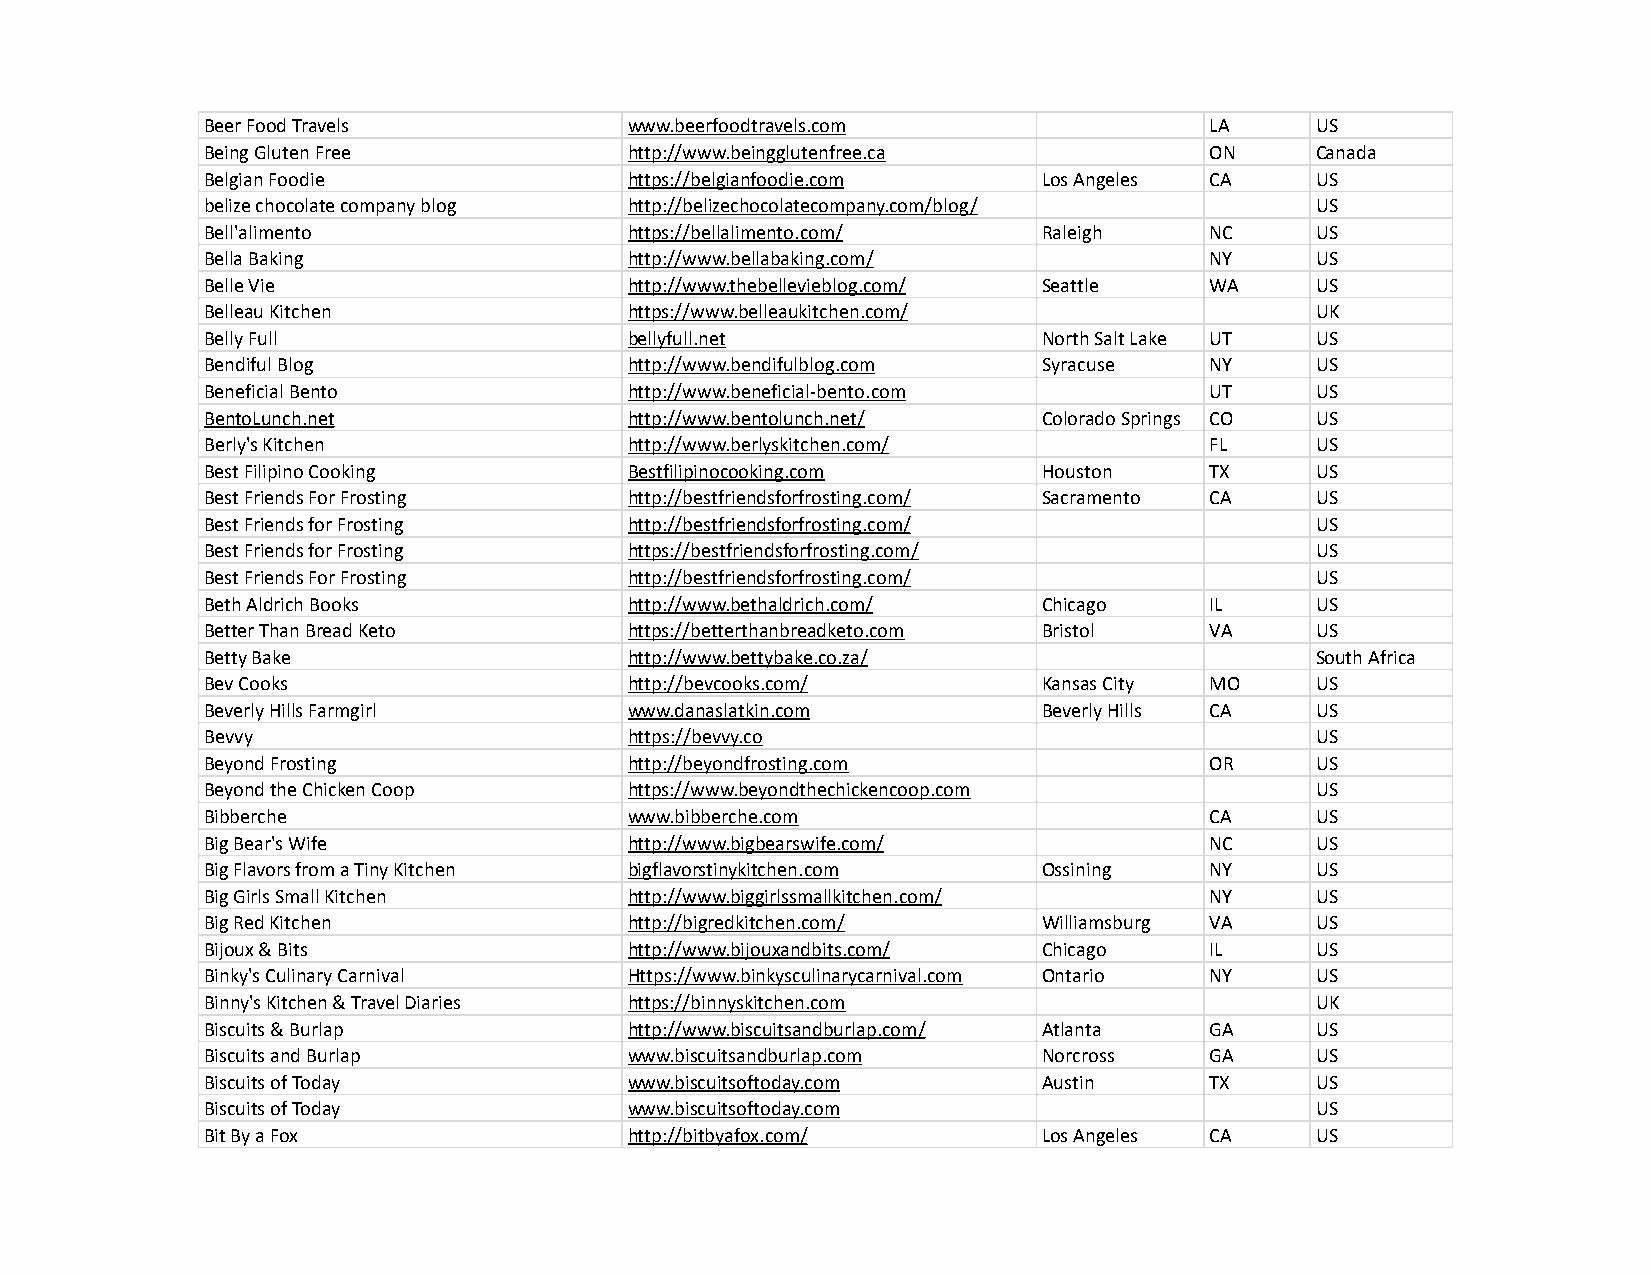
Beer Food Travels           www.beerfoodtravels.com               LA     US
 Being Gluten Free           http://www.beingglutenfree.ca         ON     Canada
 Belgian Foodie              https://belgianfoodie.com  Los Angeles CA    US
 belize chocolate company blog http://belizechocolatecompany.com/blog/    US
 Bell'alimento               https://bellalimento.com/  Raleigh    NC     US
 Bella Baking                http://www.bellabaking.com/           NY     US
 Belle Vie                   http://www.thebellevieblog.com/ Seattle WA   US
 Belleau Kitchen             https://www.belleaukitchen.com/              UK
 Belly Full                  bellyfull.net              North Salt Lake UT US
 Bendiful Blog               http://www.bendifulblog.com Syracuse  NY     US
 Beneficial Bento            http://www.beneficial-bento.com       UT     US
 BentoLunch.net              http://www.bentolunch.net/ Colorado Springs CO US
 Berly's Kitchen             http://www.berlyskitchen.com/         FL     US
 Best Filipino Cooking       Bestfilipinocooking.com    Houston    TX     US
 Best Friends For Frosting   http://bestfriendsforfrosting.com/ Sacramento CA US
 Best Friends for Frosting   http://bestfriendsforfrosting.com/           US
 Best Friends for Frosting   https://bestfriendsforfrosting.com/          US
 Best Friends For Frosting   http://bestfriendsforfrosting.com/           US
 Beth Aldrich Books          http://www.bethaldrich.com/ Chicago   IL     US
 Better Than Bread Keto      https://betterthanbreadketo.com Bristol VA   US
 Betty Bake                  http://www.bettybake.co.za/                  South Africa
 Bev Cooks                   http://bevcooks.com/       Kansas City MO    US
 Beverly Hills Farmgirl      www.danaslatkin.com        Beverly Hills CA  US
 Bevvy                       https://bevvy.co                             US
 Beyond Frosting             http://beyondfrosting.com             OR     US
 Beyond the Chicken Coop     https://www.beyondthechickencoop.com         US
 Bibberche                   www.bibberche.com                     CA     US
 Big Bear's Wife             http://www.bigbearswife.com/          NC     US
 Big Flavors from a Tiny Kitchen bigflavorstinykitchen.com Ossining NY    US
 Big Girls Small Kitchen     http://www.biggirlssmallkitchen.com/  NY     US
 Big Red Kitchen             http://bigredkitchen.com/  Williamsburg VA   US
 Bijoux & Bits               http://www.bijouxandbits.com/ Chicago IL     US
 Binky's Culinary Carnival   Https://www.binkysculinarycarnival.com Ontario NY US
 Binny's Kitchen & Travel Diaries https://binnyskitchen.com               UK
 Biscuits & Burlap           http://www.biscuitsandburlap.com/ Atlanta GA US
 Biscuits and Burlap         www.biscuitsandburlap.com  Norcross   GA     US
 Biscuits of Today           www.biscuitsoftoday.com    Austin     TX     US
 Biscuits of Today           www.biscuitsoftoday.com                      US
 Bit By a Fox                http://bitbyafox.com/      Los Angeles CA    US